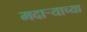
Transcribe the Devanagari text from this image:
मदाऱ्याच्या